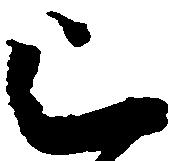
上